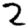
Digit: 2